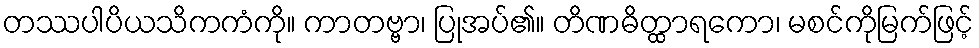
တဿပါပိယသိကကံကို။ ကာတဗ္ဗာ၊ ပြုအပ်၏။ တိဏဓိတ္ထာရကော၊ မစင်ကိုမြက်ဖြင့်